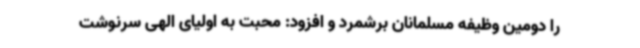
را دومین وظیفه مسلمانان برشمرد و افزود: محبت به اولیای الهی سرنوشت